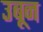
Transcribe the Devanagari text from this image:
उबून